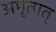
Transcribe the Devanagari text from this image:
अमृतात्‌